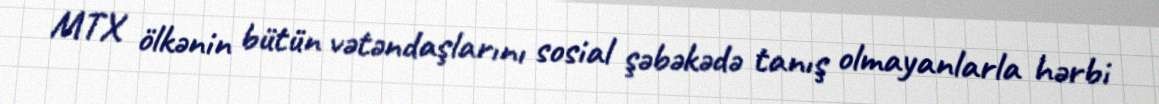
MTX ölkənin bütün vətəndaşlarını sosial şəbəkədə tanış olmayanlarla hərbi